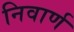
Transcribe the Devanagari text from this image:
निवार्ण